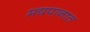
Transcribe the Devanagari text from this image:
मद्यपानात